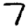
Digit: 7